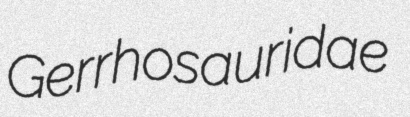
Gerrhosauridae